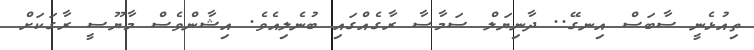
ތިއުޅެނީ ސާބަސް އިނގޭ.. ދާނިޔަލް ސަމާސާ ރާގެއްގައި ބުނެލިއެވެ. އިޝާންވެސް މާޔޫސީ ރާގަކަށް